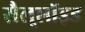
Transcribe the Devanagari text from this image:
सैलूलॉइड